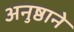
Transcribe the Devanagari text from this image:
अनुष्ठाने